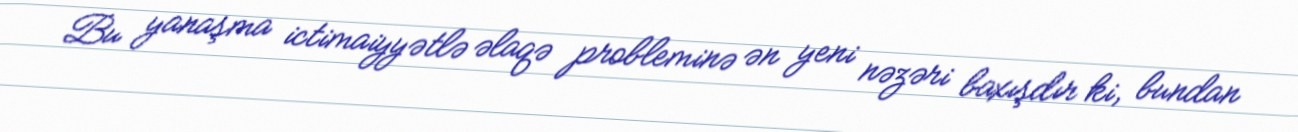
Bu yanaşma ictimaiyyətlə əlaqə probleminə ən yeni nəzəri baxışdır ki, bundan